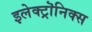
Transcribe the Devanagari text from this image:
इलेक्ट्रॊनिक्स